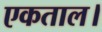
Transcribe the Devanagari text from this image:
एकताल।